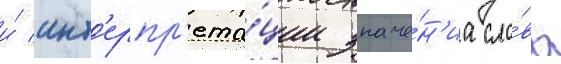
и́ инт'ерпр'ета́ции значе́н'иа сло́ва